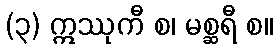
(၃) ဣဿုကီ စ၊ မစ္ဆရီ စ။